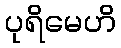
ပုရိမေဟိ